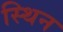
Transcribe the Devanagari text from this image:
स्थिन